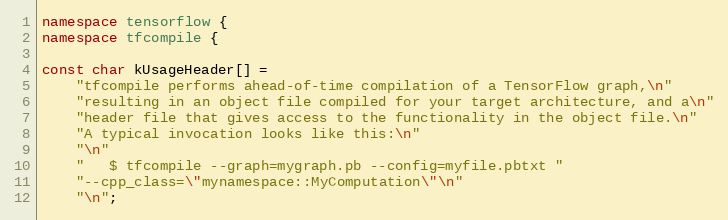
Language: C++
namespace tensorflow {
namespace tfcompile {

const char kUsageHeader[] =
    "tfcompile performs ahead-of-time compilation of a TensorFlow graph,\n"
    "resulting in an object file compiled for your target architecture, and a\n"
    "header file that gives access to the functionality in the object file.\n"
    "A typical invocation looks like this:\n"
    "\n"
    "   $ tfcompile --graph=mygraph.pb --config=myfile.pbtxt "
    "--cpp_class=\"mynamespace::MyComputation\"\n"
    "\n";